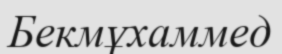
Бекмұхаммед